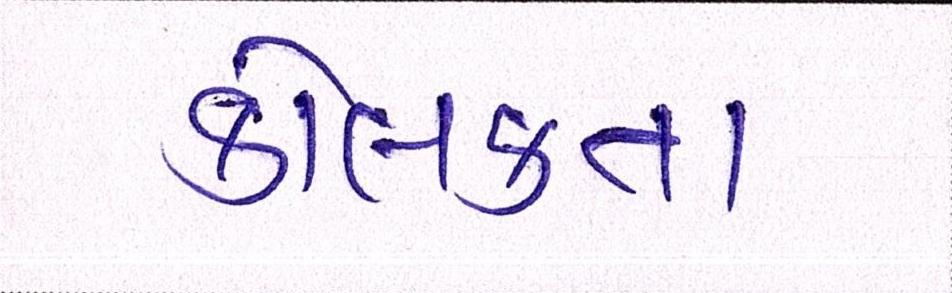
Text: કોલકતા